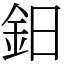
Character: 鈤